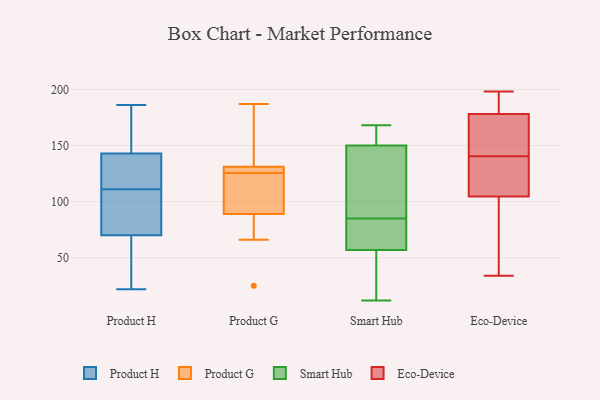
{"axis": {"x": "Market Share (%)", "y": "Value"}, "legend": ["Eco-Device", "Product G", "Product H", "Smart Hub"], "data": [{"x": "", "y": 97, "type": "Product H"}, {"x": "", "y": 22, "type": "Product H"}, {"x": "", "y": 87, "type": "Product H"}, {"x": "", "y": 145, "type": "Product H"}, {"x": "", "y": 186, "type": "Product H"}, {"x": "", "y": 111, "type": "Product H"}, {"x": "", "y": 142, "type": "Product H"}, {"x": "", "y": 24, "type": "Product H"}, {"x": "", "y": 155, "type": "Product H"}, {"x": "", "y": 122, "type": "Product H"}, {"x": "", "y": 75, "type": "Product H"}, {"x": "", "y": 55, "type": "Product H"}, {"x": "", "y": 142, "type": "Product H"}, {"x": "", "y": 130, "type": "Product G"}, {"x": "", "y": 136, "type": "Product G"}, {"x": "", "y": 125, "type": "Product G"}, {"x": "", "y": 66, "type": "Product G"}, {"x": "", "y": 89, "type": "Product G"}, {"x": "", "y": 126, "type": "Product G"}, {"x": "", "y": 120, "type": "Product G"}, {"x": "", "y": 89, "type": "Product G"}, {"x": "", "y": 187, "type": "Product G"}, {"x": "", "y": 128, "type": "Product G"}, {"x": "", "y": 177, "type": "Product G"}, {"x": "", "y": 68, "type": "Product G"}, {"x": "", "y": 25, "type": "Product G"}, {"x": "", "y": 131, "type": "Product G"}, {"x": "", "y": 12, "type": "Smart Hub"}, {"x": "", "y": 103, "type": "Smart Hub"}, {"x": "", "y": 80, "type": "Smart Hub"}, {"x": "", "y": 86, "type": "Smart Hub"}, {"x": "", "y": 168, "type": "Smart Hub"}, {"x": "", "y": 84, "type": "Smart Hub"}, {"x": "", "y": 77, "type": "Smart Hub"}, {"x": "", "y": 115, "type": "Smart Hub"}, {"x": "", "y": 163, "type": "Smart Hub"}, {"x": "", "y": 164, "type": "Smart Hub"}, {"x": "", "y": 156, "type": "Smart Hub"}, {"x": "", "y": 144, "type": "Smart Hub"}, {"x": "", "y": 55, "type": "Smart Hub"}, {"x": "", "y": 21, "type": "Smart Hub"}, {"x": "", "y": 55, "type": "Smart Hub"}, {"x": "", "y": 59, "type": "Smart Hub"}, {"x": "", "y": 135, "type": "Eco-Device"}, {"x": "", "y": 117, "type": "Eco-Device"}, {"x": "", "y": 110, "type": "Eco-Device"}, {"x": "", "y": 146, "type": "Eco-Device"}, {"x": "", "y": 150, "type": "Eco-Device"}, {"x": "", "y": 65, "type": "Eco-Device"}, {"x": "", "y": 56, "type": "Eco-Device"}, {"x": "", "y": 122, "type": "Eco-Device"}, {"x": "", "y": 166, "type": "Eco-Device"}, {"x": "", "y": 99, "type": "Eco-Device"}, {"x": "", "y": 116, "type": "Eco-Device"}, {"x": "", "y": 159, "type": "Eco-Device"}, {"x": "", "y": 198, "type": "Eco-Device"}, {"x": "", "y": 193, "type": "Eco-Device"}, {"x": "", "y": 195, "type": "Eco-Device"}, {"x": "", "y": 175, "type": "Eco-Device"}, {"x": "", "y": 34, "type": "Eco-Device"}, {"x": "", "y": 184, "type": "Eco-Device"}, {"x": "", "y": 181, "type": "Eco-Device"}, {"x": "", "y": 96, "type": "Eco-Device"}]}